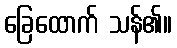
ခြေထောက် သန်၏။